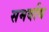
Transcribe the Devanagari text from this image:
समर्वाय